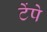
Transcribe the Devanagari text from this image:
टेंपे